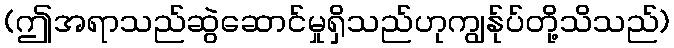
(ဤအရာသည်ဆွဲဆောင်မှုရှိသည်ဟုကျွန်ုပ်တို့သိသည်)